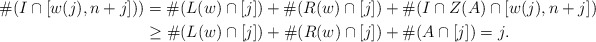
\begin{align*}\#(I \cap [w(j), n+j])) &= \#(L(w) \cap [j]) + \#(R(w) \cap [j]) + \#(I \cap Z(A) \cap [w(j), n+j])\\&\geq \#(L(w) \cap [j]) + \#(R(w) \cap [j]) + \#(A \cap [j]) = j.\end{align*}